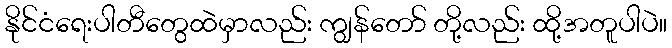
နိုင်ငံရေးပါတီတွေထဲမှာလည်း ကျွန်တော် တို့လည်း ထို့အတူပါပဲ။